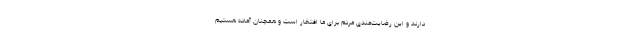
دارند و این رضایت‌مندی مردم برای ما افتخار است و همچنان آماده هستیم